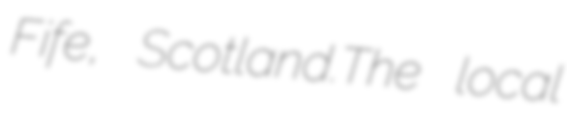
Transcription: Fife, Scotland.The local